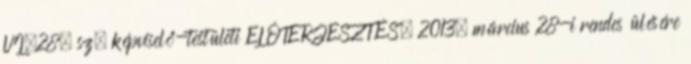
VI.28. sz. képviselő-testületi ELŐTERJESZTÉS. 2013. március 28-i rendes ülésére